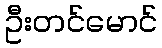
ဦးတင်မောင်